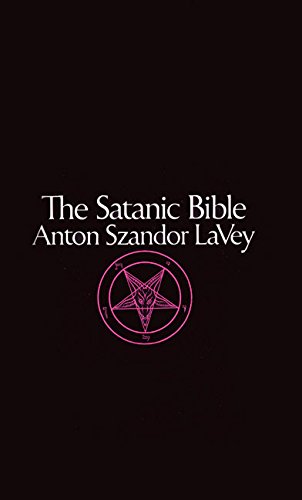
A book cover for The Satanic Bible; Anton Szandor Lavey; Religion & Spirituality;